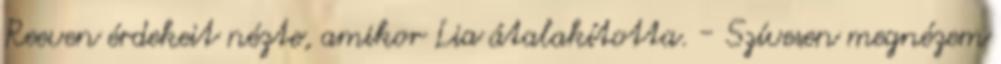
Reeven érdekeit nézte, amikor Lia átalakította. - Szívesen megnézem